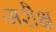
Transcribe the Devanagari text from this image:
अशैक्ष